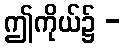
ဤကိုယ်၌ -